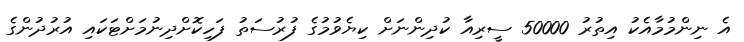
އެ ނިންމުމާއެކު އިތުރު 50000 ސީރިއާ ކުދިންނަށް ކިޔެވުމުގެ ފުރުސަތު ފަހިކޮށްދިނުމަށްޓަކައި އުރުދުންގެ